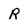
Character: r